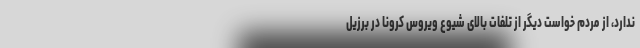
ندارد، از مردم خواست دیگر از تلفات بالای شیوع ویروس کرونا در برزیل